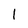
Character: l